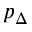
p _ { \Delta }